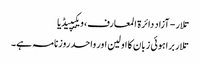
تلار - آزاد دائرۃ المعارف، ویکیپیڈیا
تلار براہوئی زبان کا اولین اور واحد روزنامہ ہے۔